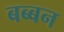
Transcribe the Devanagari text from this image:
बब्‍बन